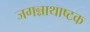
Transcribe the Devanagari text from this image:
जगन्नाथाष्टक